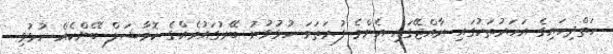
ހަތްދިހައިގެ އަހަރުތަކުގައި ރާއްޖޭގައި އެންމެ ފުރަތަމަ ހުޅުވުނު ބޭރުގައުމެއްގެ ކޮމާޝަލް ބޭންކެއް ހުޅުވި